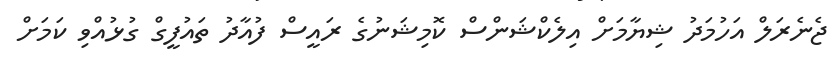
ޖެނެރަލް އަހުމަދު ޝިޔާމަށް އިލެކްޝަންސް ކޮމިޝަނުގެ ރައީސް ފުއާދު ތައުފީގް ގުޅުއްވި ކަމަށް